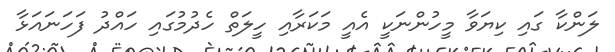
ލަންކާ ގައި ކިޔަވާ މީހުންނަކީ އެއީ މަކަރާއި ހީލަތް ހެދުމުގައި ހައްދު ފަހަނައަޅާ